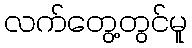
လက်တွေ့တွင်မူ